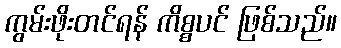
ကွမ်းဖိုးတင်ရန် ကိစ္စပင် ဖြစ်သည်။